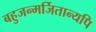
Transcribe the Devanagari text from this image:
बहुजन्मर्जितान्यपि